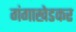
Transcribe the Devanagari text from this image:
गंगाखेडकर